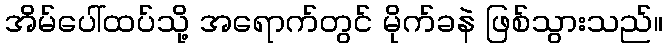
အိမ်ပေါ်ထပ်သို့ အရောက်တွင် မိုက်ခနဲ ဖြစ်သွားသည်။